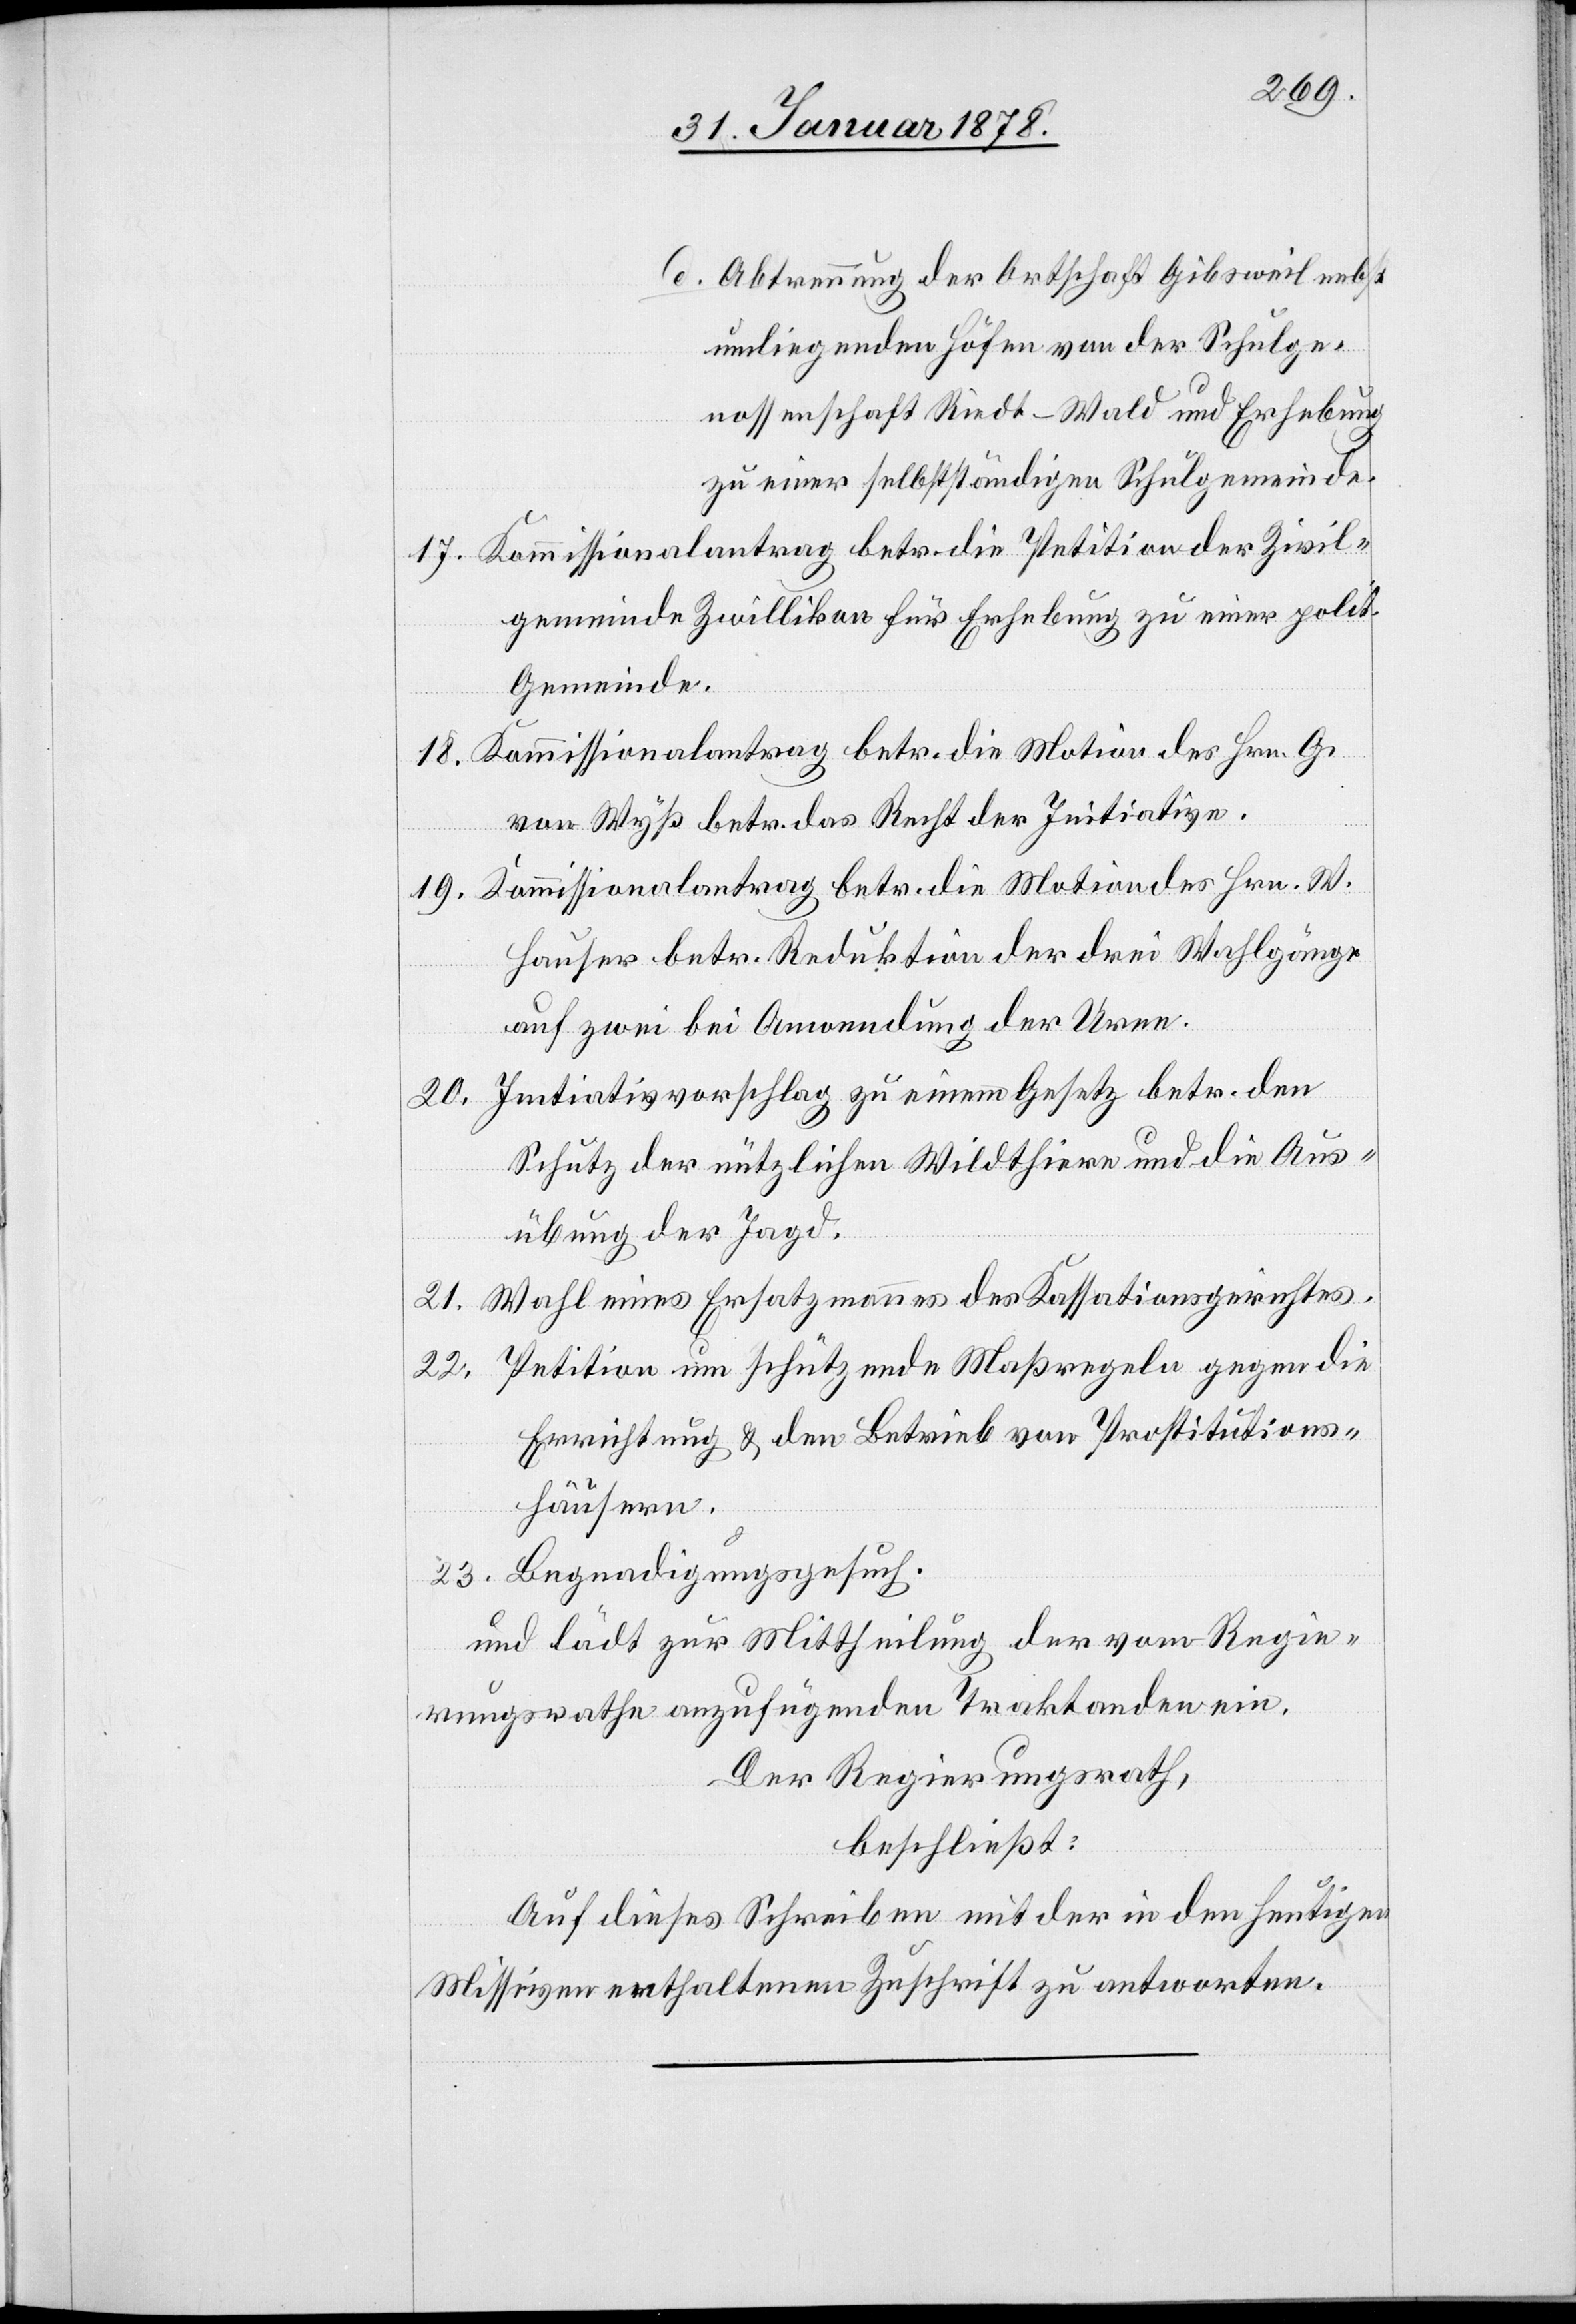
d. Abtrennung der Ortschaft Gibsweil nebst
umliegenden Höfen von der Schulge¬
nossenschaft Riedt-Wald und Erhebung
zu einer selbstständigen Schulgemeinde.
19.
gemeinde Zwillikon für Erhebung zu einer polit.
Gemeinde.
von Wyß betr. das Recht der Initiative.
Hauser betr. Reduktion der drei Wahlgänge
auf zwei bei Anwendung der Urne.
21.
Schutz der nützlichen Wildthiere und die Aus¬
übung der Jagd.
23.
Errichtung & den Betrieb von Prostitutions¬
häusern.
Begnadigungsgesuch.
und lädt zur Mittheilung der vom Regie¬
rungsrathe anzufügenden Traktanden ein.
Der Regierungsrath
beschließt:
Auf dieses Schreiben mit der in den heutigen
Missiven enthaltenen Zuschrift zu antworten.